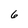
Character: 6